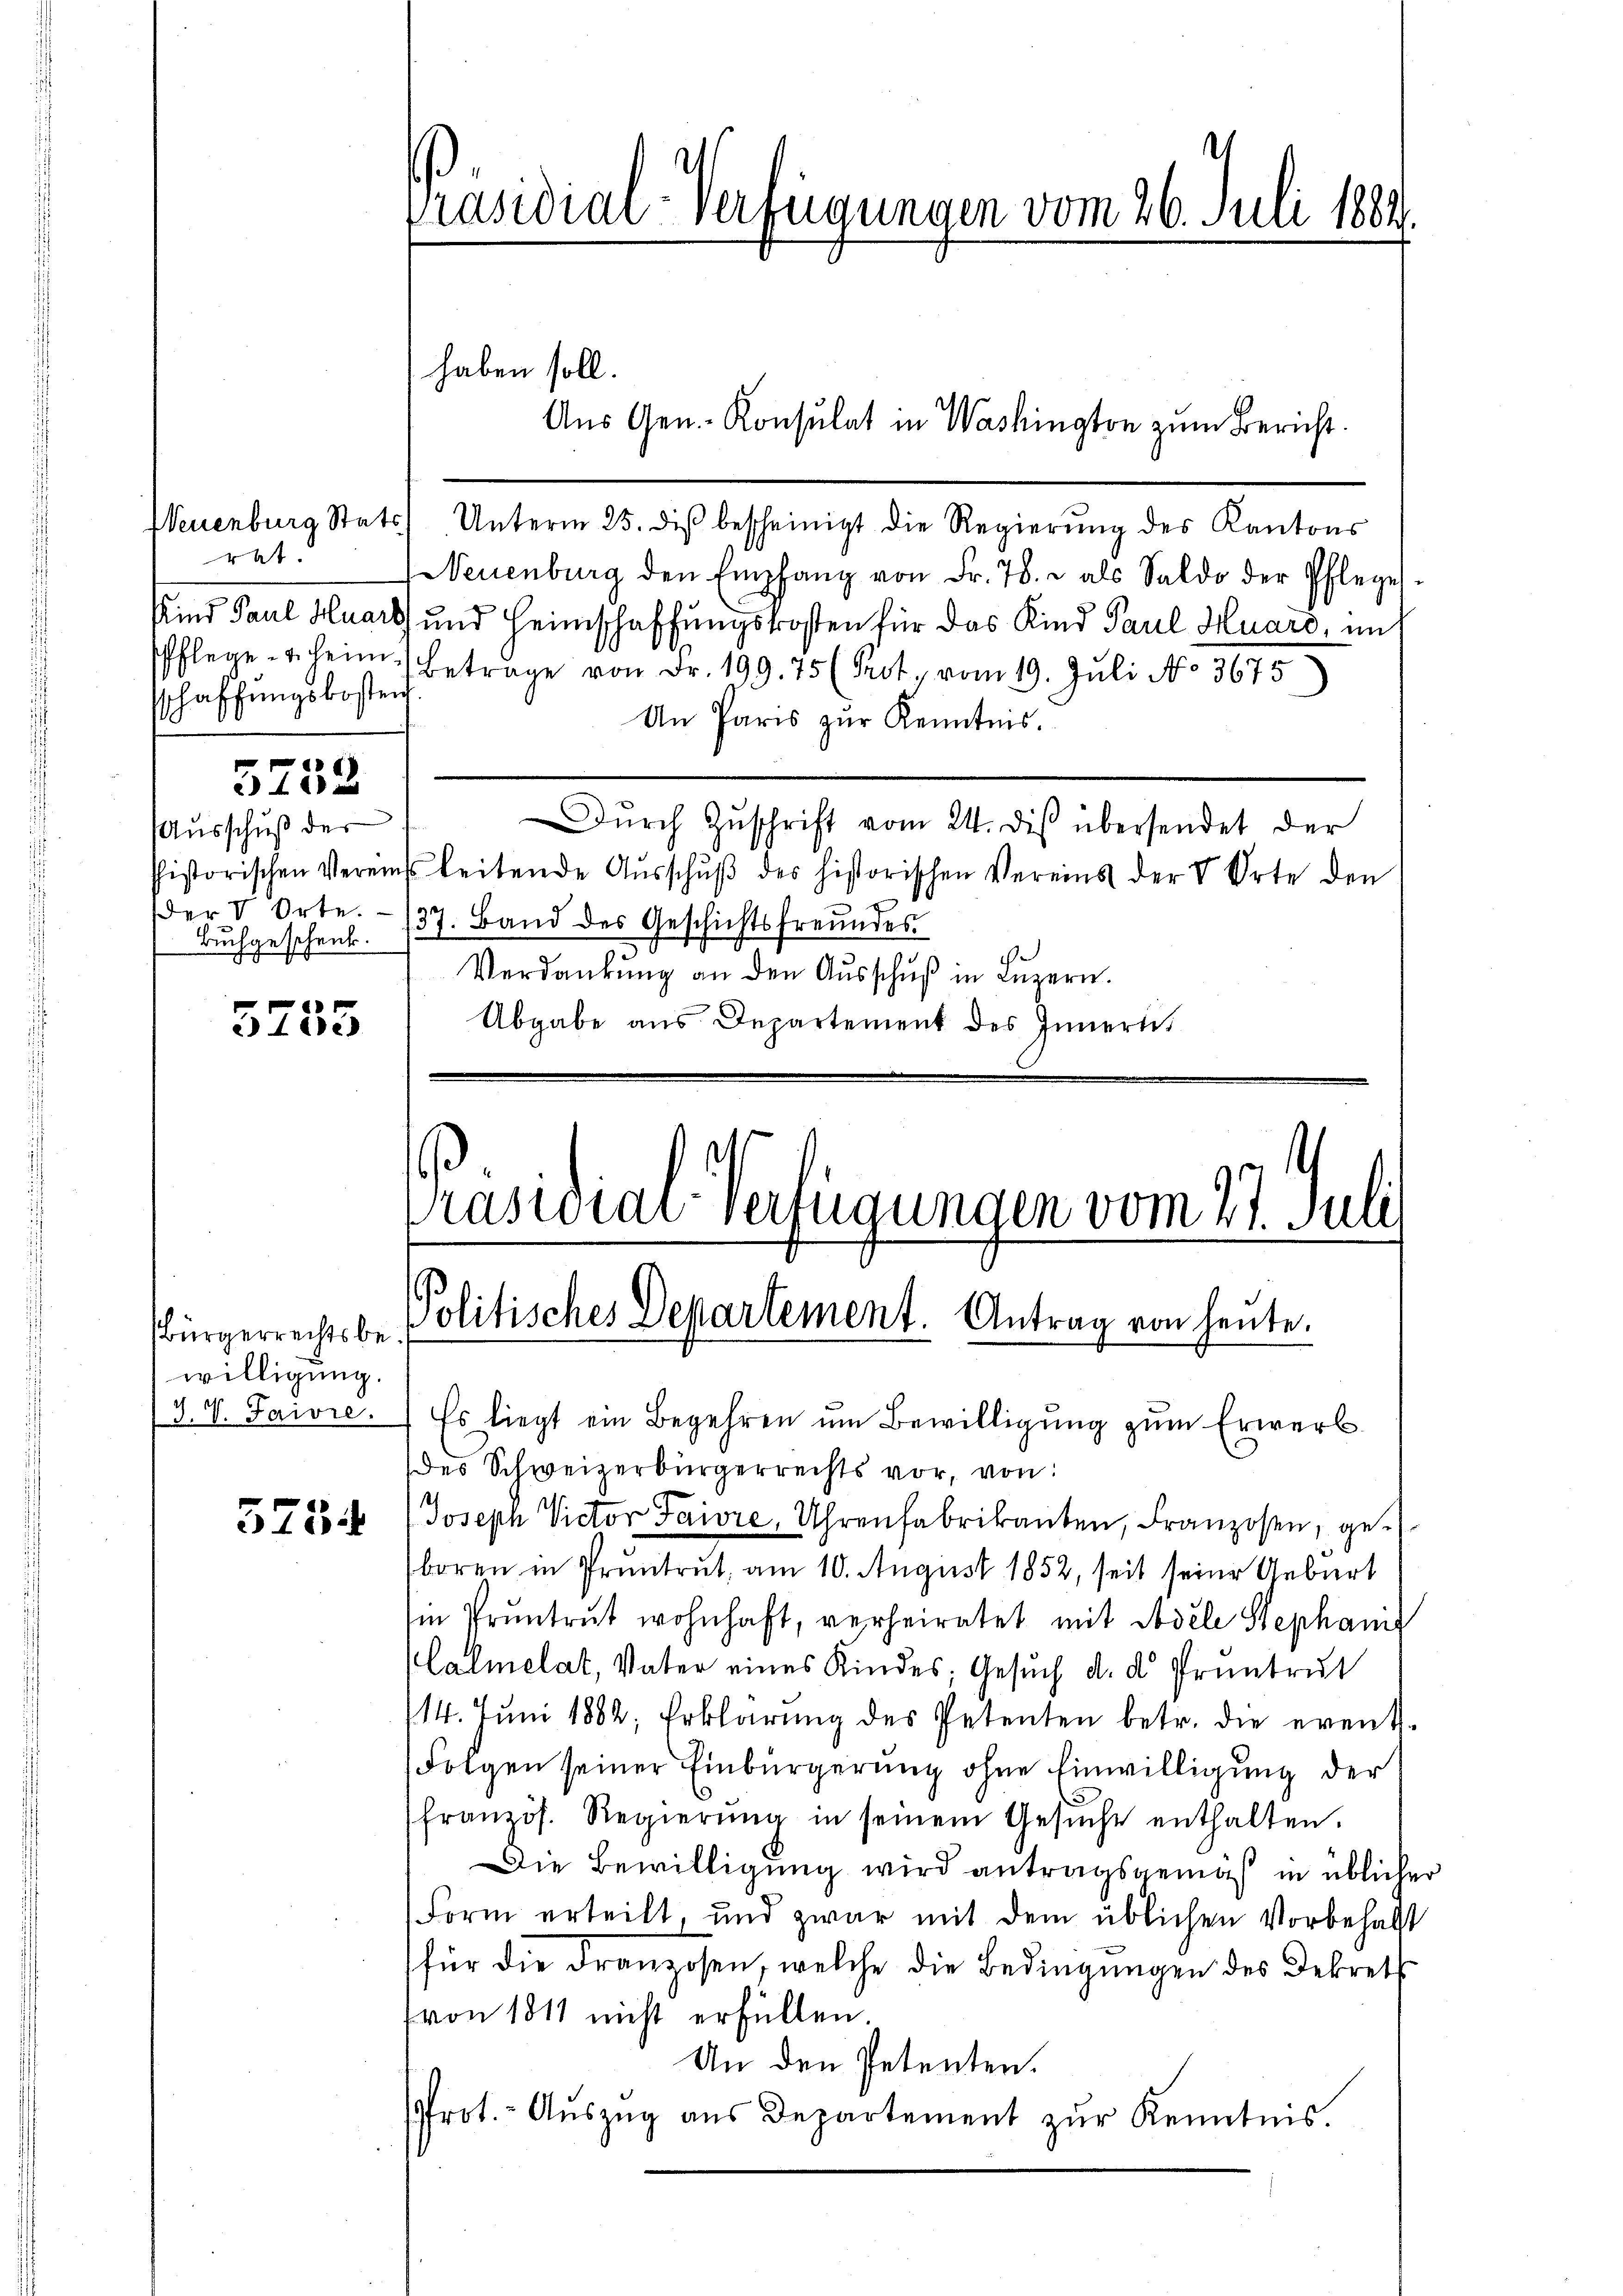
rat
sschaffungskosten

5752

Ausschuß der
Buchgeschenk.

3755

Bürgerrechtsbewilligung.

5734

haben soll.
Neuenburg Stats Unterm 25. diβ bescheinigt die Regierŭng des Kantons
Neuenburg den Empfang von Fr. 78. u. als Saldo der Pflege-
Kind Paul Huars und Heimschaffungskosten für das Kind Paul Huaro, mit
Pflege u. heim Betrage von Fr. 199. 75 (Prit, vom 19. Juli No 3675
An Paris zur Kenntnis.
Dŭrch Zuschrift vom 24. dis übersendet der
historischen Vereins leitende Aŭsschŭβ des historischen Vereins der V Orte den
er V. Orte. - 137. Band des Geschichtsfreundes
Verdankŭng an den Aŭsschŭβ in Luzern.
Abgabe aus Departement des Innern,
Prasiliar-Verfügungen vom 27. Juli

Präsidial-Verfügungen vom 26. Juli 1884

Aus Gen.- Konsulat in Washington zum Bericht.

Politisches Departement. Antrag von heute.

J. V. Taivre.) Es liegt ein Begehren ŭm Bewilligŭng zŭm Erwerb
des Schweizerbürgerrechts vor, von
Joseph Victor Saivre, Uhrenfabrikanten, Franzosen, geboren in Pruntrut, am 10. August 1852, seit seine Geburt
i Pruntrut wohnhaft, verheiratet mit Modele Stephanis
Klalmelat, Vater eines Kindes; Gesuch d. d. Pruntrut
114. Juni 1882, Erklärung des Petenten betr. die event¬
Folgen seiner Einbürgerung ohne Einwilligung der
französ. Regierŭng in seinem Gesŭche enthalten.
Die Bewilligung wird antragsgemäß in üblicher
Form erteilt, und zwar mit dem üblichen Vorbehalt
für die Franzosen, welche die Bedingungen des Dekret
von 1811 nicht erfüllen.
An den Petenten.
rot.- Aŭszŭg aŭs Departement zŭr Kenntnis.